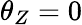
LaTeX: \theta_{Z}=0